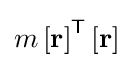
m\left[\mathbf {r} \right]^{\mathsf {T}}\left[\mathbf {r} \right]